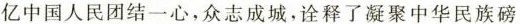
亿中国人民团结一心，众志成城，诠释了凝聚中华民族磅